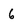
Character: 6